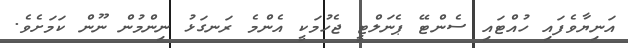
އަނިޔާވެފައި ހުއްޓައި ސެންޓޭ ޕެނަލްޓީ ޖެހުމަކީ އެންމެ ރަނގަޅު ނިންމުން ނޫން ކަމަށެވެ.